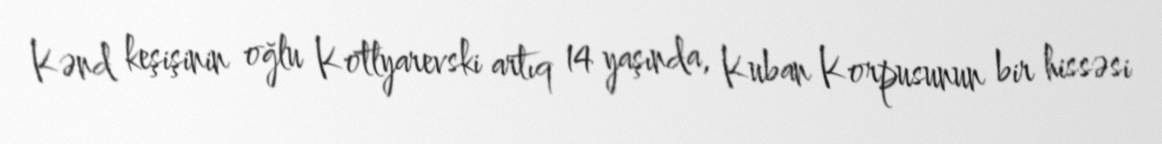
Kənd keşişinin oğlu Kotlyarevski artıq 14 yaşında, Kuban Korpusunun bir hissəsi